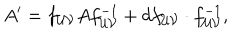
A ^ { \prime } = f _ { { \cal { U } } { \cal { V } } } A f _ { { \cal { U } } { \cal { V } } } ^ { - 1 } + d f _ { { \cal { U } } { \cal { V } } } \cdot f _ { { \cal { U } } { \cal { V } } } ^ { - 1 } ,